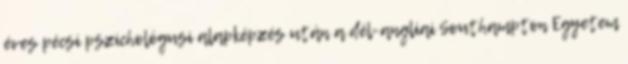
éves pécsi pszichológusi alapképzés után a dél-angliai Southampton Egyetem